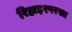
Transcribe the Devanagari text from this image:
रिहाइश्परस्त